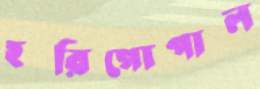
হরিগোপাল